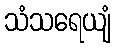
သံသရေယျံ